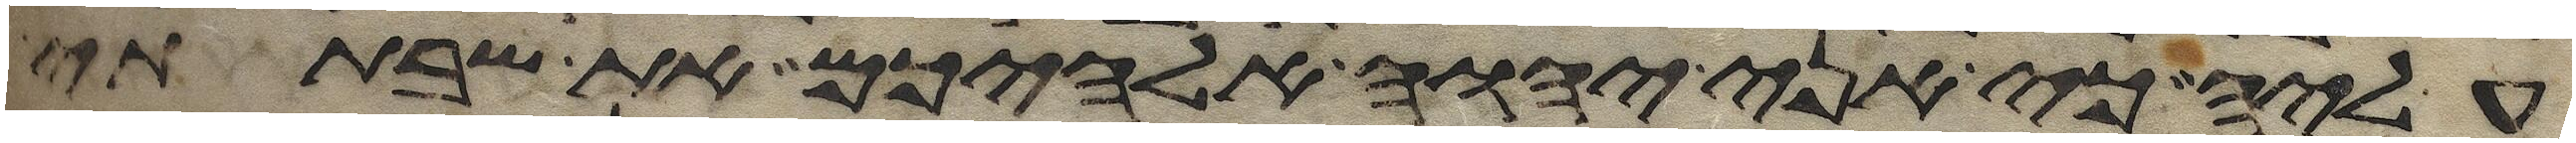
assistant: עליה כי אני יהוה אלהיכם את שבתתי